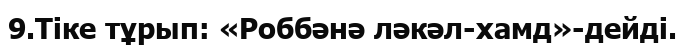
9.Тіке тұрып: «Роббәнә ләкәл-хамд»-дейді.